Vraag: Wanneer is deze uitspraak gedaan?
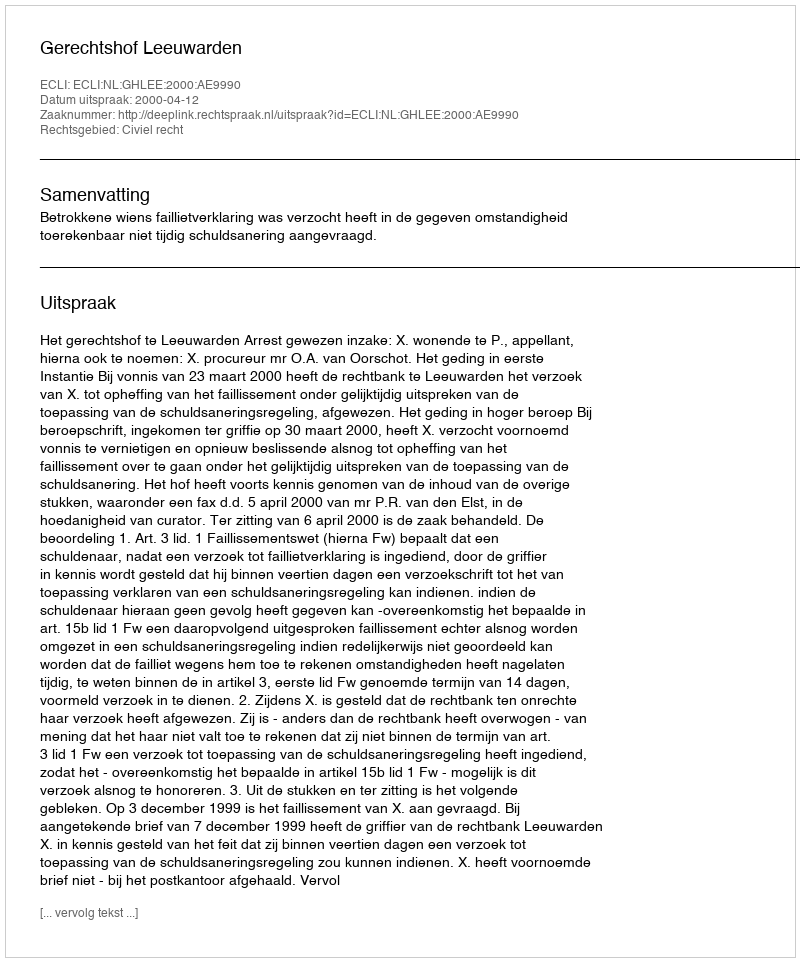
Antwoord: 2000-04-12